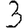
Digit: 3